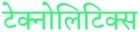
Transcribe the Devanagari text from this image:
टेक्नोलिटिक्स